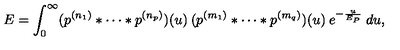
E = \int _ { 0 } ^ { \infty } ( p ^ { ( n _ { 1 } ) } * \cdots * p ^ { ( n _ { p } ) } ) ( u ) \: ( p ^ { ( m _ { 1 } ) } * \cdots * p ^ { ( m _ { q } ) } ) ( u ) \: e ^ { - \frac { u } { E _ { P } } } \: d u ,